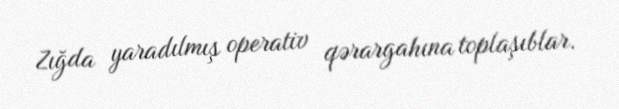
Zığda yaradılmış operativ qərargahına toplaşıblar.